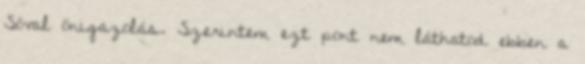
Sóval önigazolás. Szerintem ezt pont nem láthatod ebben a